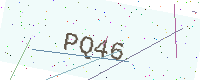
Text: PQ46